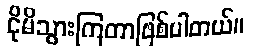
ငိုမိသွားကြတာဖြစ်ပါတယ်။